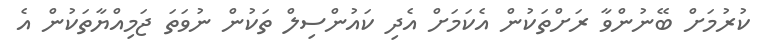
ކުުރުމަށް ބޭނުންވާ ރަށްތަކުން އެކަމަށް އެދި ކައުންސިލް ތަކުން ނުވަތަ ޖަމިއްޔާތަކުން އެ